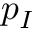
p _ { I }